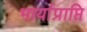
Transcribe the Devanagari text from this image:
भार्याप्राप्ति